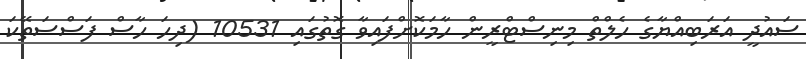
ސައުދީ އަރަބިއްޔާގެ ހެލްތް މިނިސްޓްރީން ހާމަކޮށްފައިވާ ގޮތުގައި 10531 (ދިހަ ހާސް ފަސްސަތޭކަ